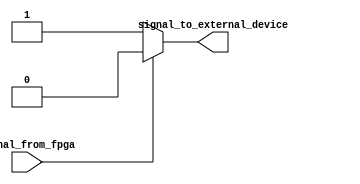
module io_buffer (
    input wire signal_from_fpga,
    output reg signal_to_external_device
);

always @ (signal_from_fpga) begin
    if (signal_from_fpga == 1'b1) begin
        signal_to_external_device <= 1'b0;
    end else begin
        signal_to_external_device <= 1'b1;
    end
end

endmodule